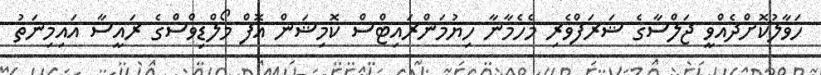
ހަވާލުކޮށްދެއްވީ ޖަލްސާގެ ޝަރަފްވެރި މެހެމާނާ ހިޔުމަންރައިޓްސް ކޮމިޝަން އޮފް މޯލްޑިވްސްގެ ރައީސާ އައިމިނަތު